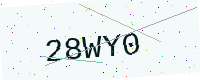
Text: 28WY0